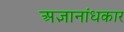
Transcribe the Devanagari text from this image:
अज्ञानांधकार